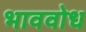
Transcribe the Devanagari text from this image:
भाववोध